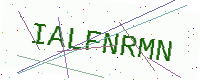
Text: IALFNRMN